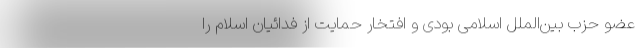
عضو حزب بين‌الملل اسلامى بودى و افتخار حمايت از فدائيان اسلام را